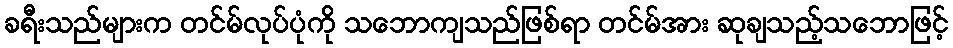
ခရီးသည်များက တင်မ်လုပ်ပုံကို သဘောကျသည်ဖြစ်ရာ တင်မ်အား ဆုချသည့်သဘောဖြင့်